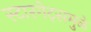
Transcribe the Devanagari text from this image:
स्टारगेट्समुळे